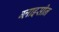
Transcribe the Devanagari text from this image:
ग्लाइसीन